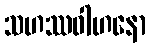
သဟဿဝါဟနော